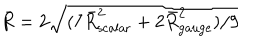
LaTeX: \bar { R } = 2 \sqrt { ( 7 \bar { R } _ { \mathrm { s c a l a r } } ^ { 2 } + 2 \bar { R } _ { \mathrm { g a u g e } } ^ { 2 } ) / 9 }